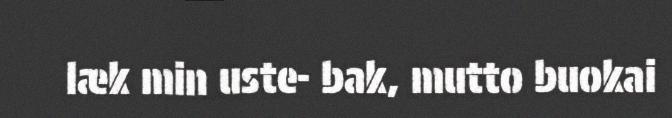
læk min uste- bak, mutto buokai